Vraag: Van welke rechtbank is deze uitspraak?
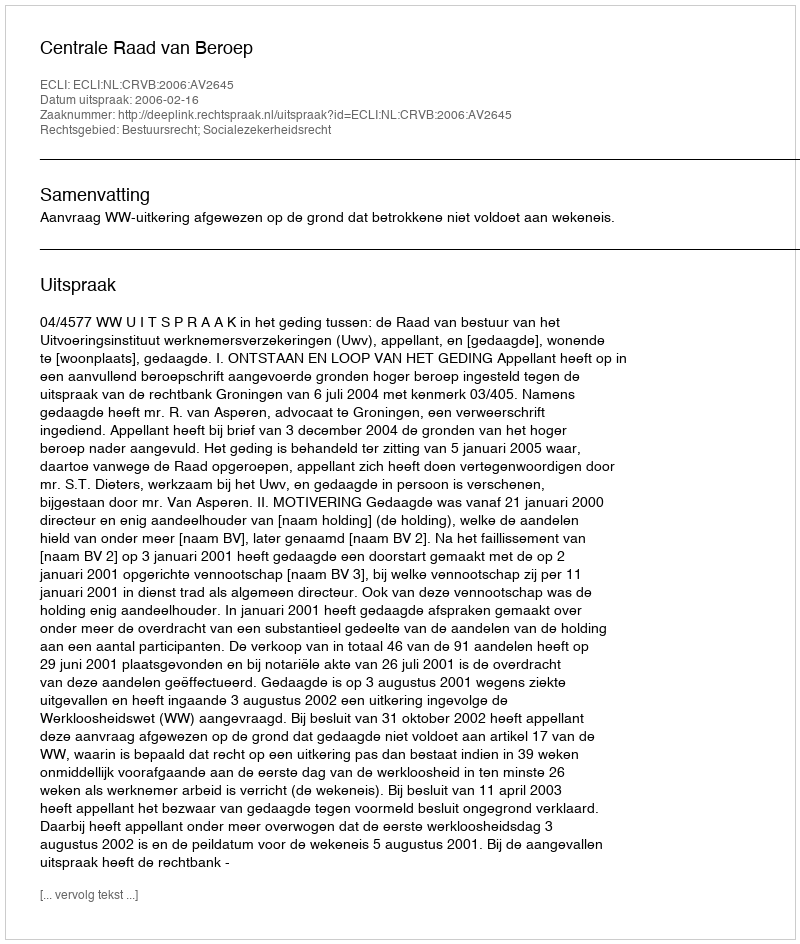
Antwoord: Centrale Raad van Beroep